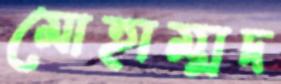
মোহাম্মদ